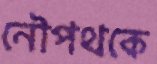
নৌপথকে